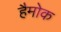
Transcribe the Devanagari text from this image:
हैमोक